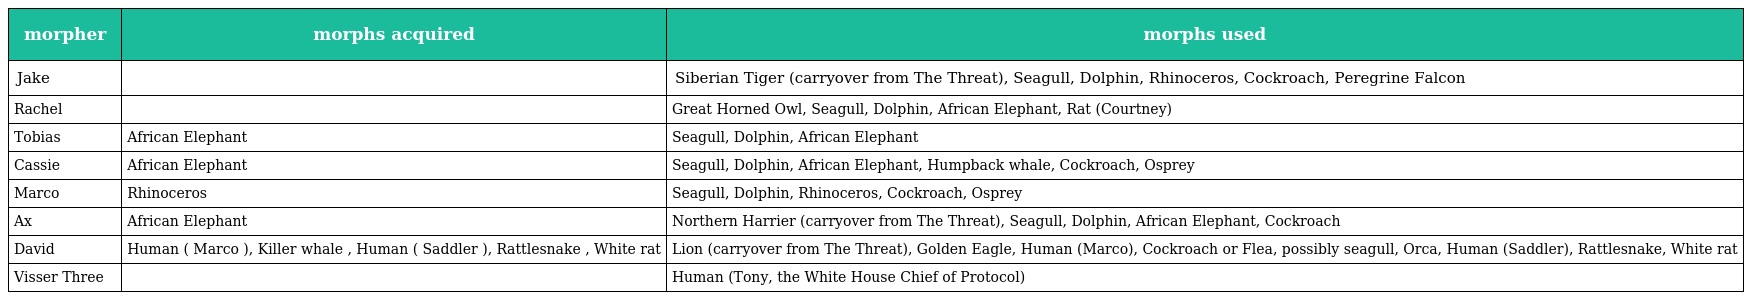
| morpher | morphs acquired | morphs used |
 | --- | --- | --- |
 | Jake |  | Siberian Tiger (carryover from The Threat), Seagull, Dolphin, Rhinoceros, Cockroach, Peregrine Falcon |
 | Rachel |  | Great Horned Owl, Seagull, Dolphin, African Elephant, Rat (Courtney) |
 | Tobias | African Elephant | Seagull, Dolphin, African Elephant |
 | Cassie | African Elephant | Seagull, Dolphin, African Elephant, Humpback whale, Cockroach, Osprey |
 | Marco | Rhinoceros | Seagull, Dolphin, Rhinoceros, Cockroach, Osprey |
 | Ax | African Elephant | Northern Harrier (carryover from The Threat), Seagull, Dolphin, African Elephant, Cockroach |
 | David | Human ( Marco ), Killer whale , Human ( Saddler ), Rattlesnake , White rat | Lion (carryover from The Threat), Golden Eagle, Human (Marco), Cockroach or Flea, possibly seagull, Orca, Human (Saddler), Rattlesnake, White rat |
 | Visser Three |  | Human (Tony, the White House Chief of Protocol) |